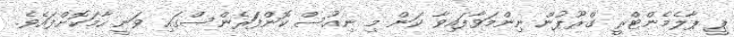
ޕީ ޕާލެމެންޓްރީ ގްރޫޕުން ނިންމަވާފައިވާ ކަން މި ނިއުސް ކޮންފަަރެންސްގައި ވަނީ ހާމަކޮށްފައެވެ.